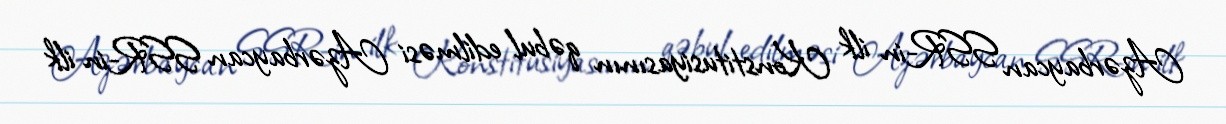
Azərbaycan SSR-in ilk Konstitusiyasının qəbul edilməsi Azərbaycan SSR-in ilk